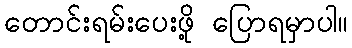
တောင်းရမ်းပေးဖို့ ပြောရမှာပါ။